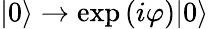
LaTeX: |0\rangle\rightarrow\exp{(i\varphi)}|0\rangle